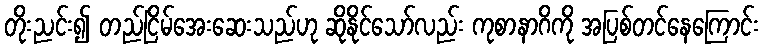
တိုးညင်း၍ တည်ငြိမ်အေးဆေးသည်ဟု ဆိုနိုင်သော်လည်း ကုစာနာဂိကို အပြစ်တင်နေကြောင်း